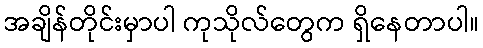
အချိန်တိုင်းမှာပါ ကုသိုလ်တွေက ရှိနေတာပါ။